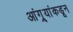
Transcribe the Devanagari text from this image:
आंग्र्‌यांकडून